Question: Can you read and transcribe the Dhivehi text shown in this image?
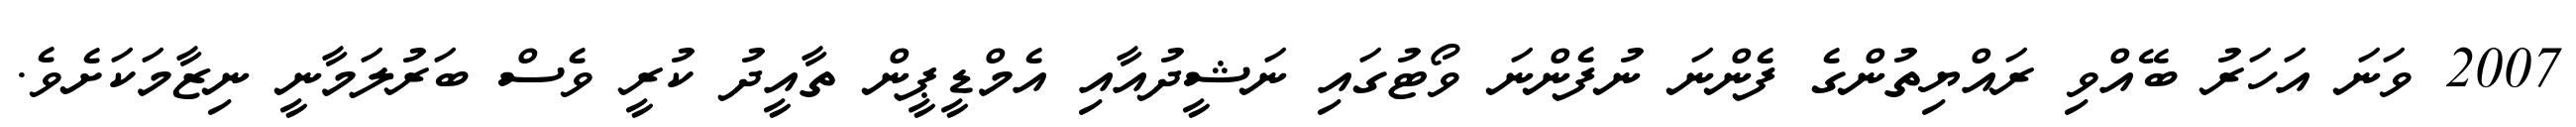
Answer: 2007 ވަނަ އަހަރު ބޭއްވި ރައްޔިތުންގެ ފެންނަ ނުފެންނަ ވޯޓުގައި ނަޝީދުއާއި އެމްޑީޕީން ތާއީދު ކުރީ ވެސް ބަރުލަމާނީ ނިޒާމަކަށެވެ.